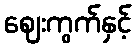
ဈေးကွက်နှင့်